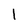
Character: 1